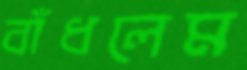
বাঁধলেম